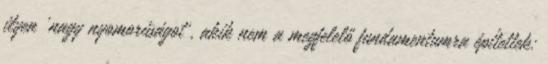
ilyen 'nagy nyomorúságot', akik nem a megfelelő fundamentumra építettek: